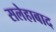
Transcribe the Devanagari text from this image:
सलेहाबाद